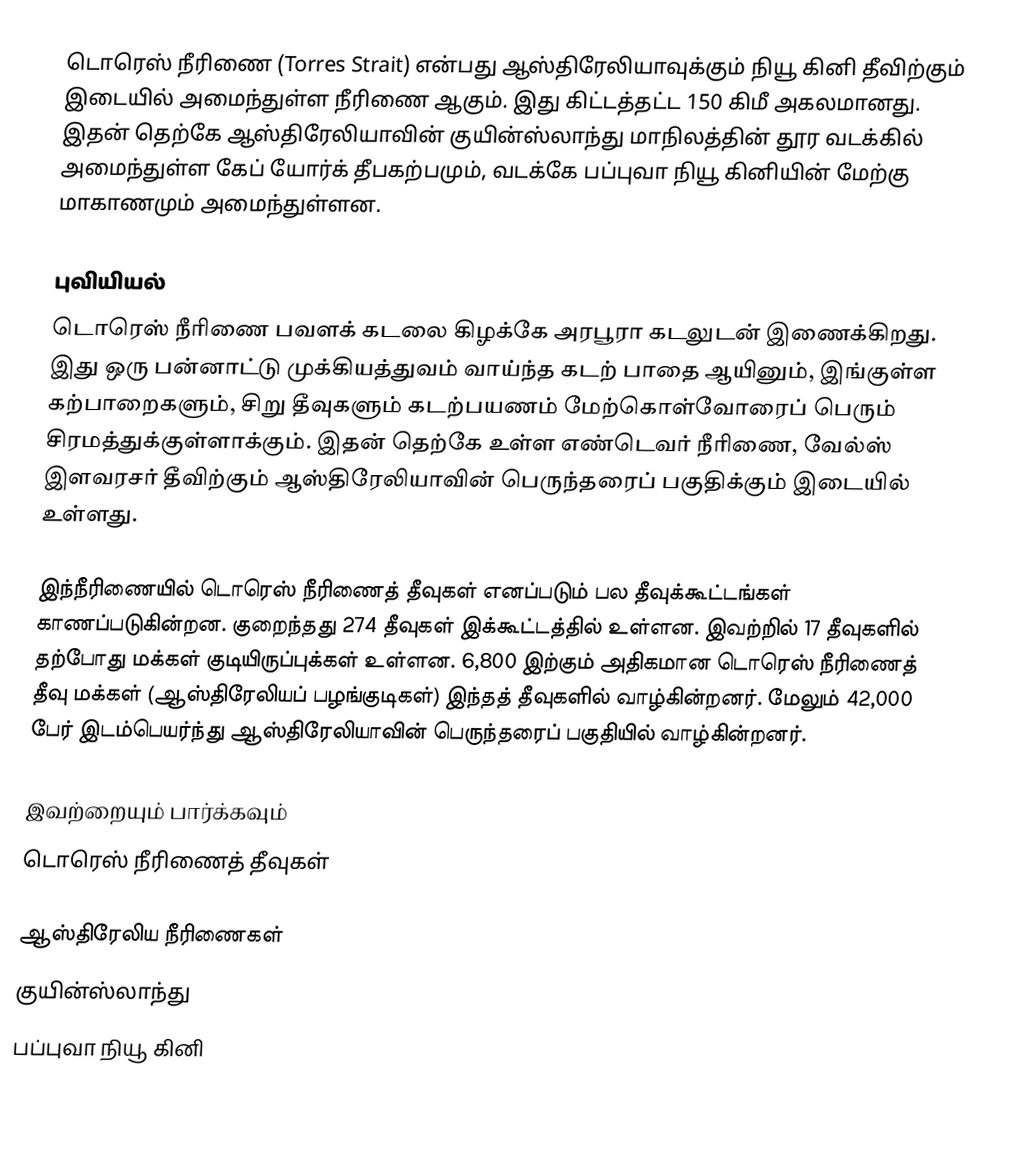
டொரெஸ் நீரிணை (Torres Strait) என்பது ஆஸ்திரேலியாவுக்கும் நியூ கினி தீவிற்கும் இடையில் அமைந்துள்ள நீரிணை ஆகும். இது கிட்டத்தட்ட 150 கிமீ அகலமானது. இதன் தெற்கே ஆஸ்திரேலியாவின் குயின்ஸ்லாந்து மாநிலத்தின் தூர வடக்கில் அமைந்துள்ள கேப் யோர்க் தீபகற்பமும், வடக்கே பப்புவா நியூ கினியின் மேற்கு மாகாணமும் அமைந்துள்ளன.

புவியியல்
டொரெஸ் நீரிணை பவளக் கடலை கிழக்கே அரபூரா கடலுடன் இணைக்கிறது. இது ஒரு பன்னாட்டு முக்கியத்துவம் வாய்ந்த கடற் பாதை ஆயினும், இங்குள்ள கற்பாறைகளும், சிறு தீவுகளும் கடற்பயணம் மேற்கொள்வோரைப் பெரும் சிரமத்துக்குள்ளாக்கும். இதன் தெற்கே உள்ள எண்டெவர் நீரிணை, வேல்ஸ் இளவரசர் தீவிற்கும் ஆஸ்திரேலியாவின் பெருந்தரைப் பகுதிக்கும் இடையில் உள்ளது.

இந்நீரிணையில் டொரெஸ் நீரிணைத் தீவுகள் எனப்படும் பல தீவுக்கூட்டங்கள் காணப்படுகின்றன. குறைந்தது 274 தீவுகள் இக்கூட்டத்தில் உள்ளன. இவற்றில் 17 தீவுகளில் தற்போது மக்கள் குடியிருப்புக்கள் உள்ளன. 6,800 இற்கும் அதிகமான டொரெஸ் நீரிணைத் தீவு மக்கள் (ஆஸ்திரேலியப் பழங்குடிகள்) இந்தத் தீவுகளில் வாழ்கின்றனர். மேலும் 42,000 பேர் இடம்பெயர்ந்து ஆஸ்திரேலியாவின் பெருந்தரைப் பகுதியில் வாழ்கின்றனர்.

இவற்றையும் பார்க்கவும்
 டொரெஸ் நீரிணைத் தீவுகள்

ஆஸ்திரேலிய நீரிணைகள்
குயின்ஸ்லாந்து
பப்புவா நியூ கினி